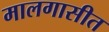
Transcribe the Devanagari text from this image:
मालगासीत